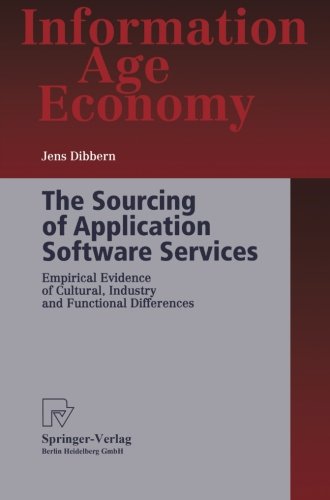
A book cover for The Sourcing of Application Software Services: Empirical Evidence of Cultural, Industry and Functional Differences (Information Age Economy); Jens Dibbern; Computers & Technology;